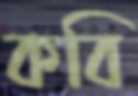
কবি